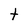
Character: t